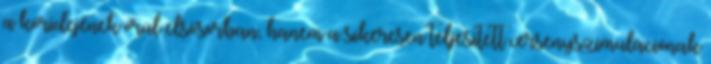
a köridejének örül elsősorban, hanem a sikeresen teljesített versenyszimulációnak